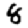
Digit: 8